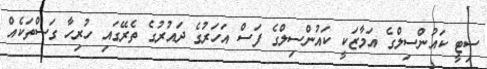
ސިޓީ ކައުންސިލްގެ އަމާޒަކީ ކައުންސިލްގެ ފަސް އަހަރުގެ ދައުރުގެ ތެރޭގައި ހުރިހާ ގަސްތަކެއް